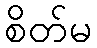
စိတ်မ